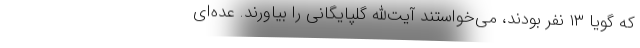
که گویا ۱۳ نفر بودند، می‌خواستند آیت‌الله گلپایگانی را بیاورند. عده‌ای